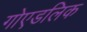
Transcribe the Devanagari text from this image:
गोएडलिक